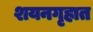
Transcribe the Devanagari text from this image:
शयनगृहात